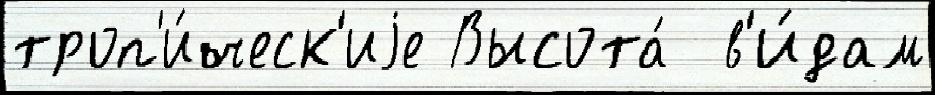
троп'и́ческ'иjе Высота́  в'и́дам